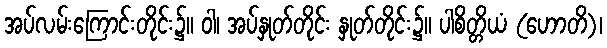
အပ်လမ်းကြောင်းတိုင်း၌။ ဝါ၊ အပ်နှုတ်တိုင်း နှုတ်တိုင်း၌။ ပါစိတ္တိယံ (ဟောတိ)၊